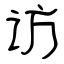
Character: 访